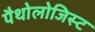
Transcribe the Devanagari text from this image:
पैथोलोजिस्ट